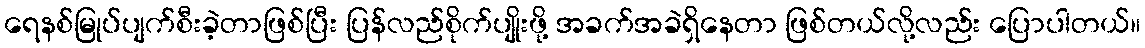
ရေနစ်မြုပ်ပျက်စီးခဲ့တာဖြစ်ပြီး ပြန်လည်စိုက်ပျိုးဖို့ အခက်အခဲရှိနေတာ ဖြစ်တယ်လို့လည်း ပြောပါတယ်။